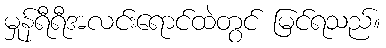
မှုန်ရီရီအလင်းရောင်ထဲတွင် မြင်ရသည်။